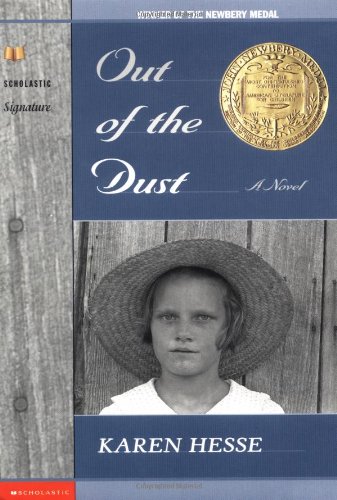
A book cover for Out Of The Dust; Karen Hesse; Children's Books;